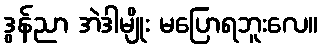
ဒွန်ညာ အဲဒါမျိုး မပြောရဘူးလေ။